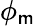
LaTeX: \phi_{\mathsf{m}}